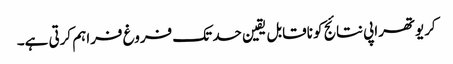
کریوتھراپی نتائج کو ناقابل یقین حد تک فروغ فراہم کرتی ہے۔